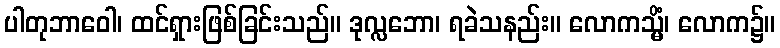
ပါတုဘာဝေါ၊ ထင်ရှားဖြစ်ခြင်းသည်။ ဒုလ္လဘော၊ ရခဲသနည်း။ လောကသ္မိံ၊ လောက၌။